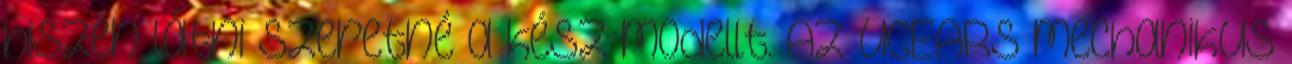
hiszen látni szeretné a kész modellt. Az UGEARS mechanikus